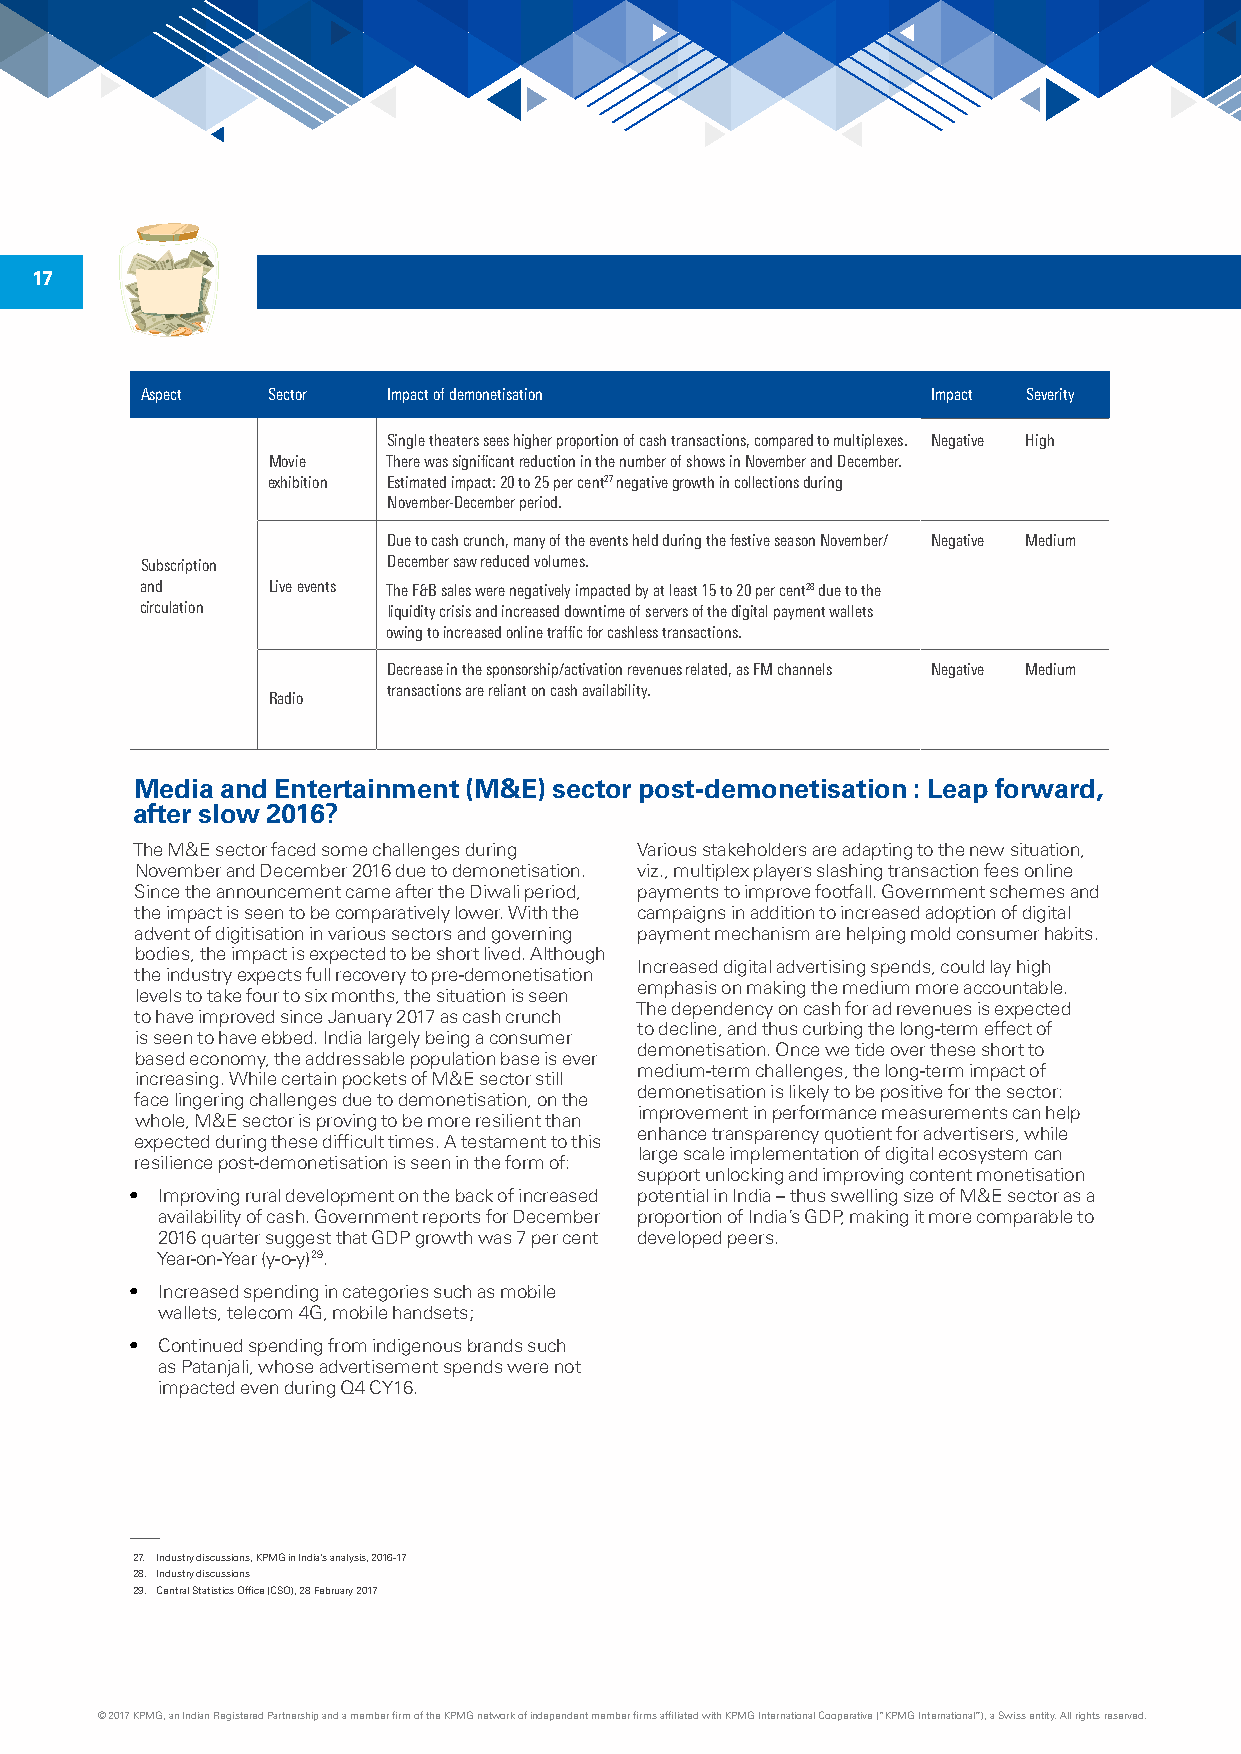
17
 Aspect   Sector  Impact of demonetisation            Impact Severity
 Single theaters sees higher proportion of cash transactions, compared to multiplexes. Negative High
 Movie   There was significant reduction in the number of shows in November and December.
 exhibition Estimated impact: 20 to 25 per cent27 negative growth in collections during
 November-December period.
 Due to cash crunch, many of the events held during the festive season November/ Negative Medium
 Subscription     December saw reduced volumes.
 and      Live events The F&B sales were negatively impacted by at least 15 to 20 per cent28 due to the
 circulation      liquidity crisis and increased downtime of servers of the digital payment wallets
 owing to increased online traffic for cashless transactions.
 Decrease in the sponsorship/activation revenues related, as FM channels Negative Medium
 transactions are reliant on cash availability.
 Radio
 Media and Entertainment (M&E) sector post-demonetisation : Leap forward,
 after slow 2016?
 The M&E sector faced some challenges during Various stakeholders are adapting to the new situation,
 November and December 2016 due to demonetisation. viz., multiplex players slashing transaction fees online
 Since the announcement came after the Diwali period, payments to improve footfall. Government schemes and
 the impact is seen to be comparatively lower. With the campaigns in addition to increased adoption of digital
 advent of digitisation in various sectors and governing payment mechanism are helping mold consumer habits.
 bodies, the impact is expected to be short lived. Although
 Increased digital advertising spends, could lay high
 the industry expects full recovery to pre-demonetisation
 emphasis on making the medium more accountable.
 levels to take four to six months, the situation is seen
 The dependency on cash for ad revenues is expected
 to have improved since January 2017 as cash crunch
 to decline, and thus curbing the long-term effect of
 is seen to have ebbed. India largely being a consumer
 demonetisation. Once we tide over these short to
 based economy, the addressable population base is ever
 medium-term challenges, the long-term impact of
 increasing. While certain pockets of M&E sector still
 demonetisation is likely to be positive for the sector:
 face lingering challenges due to demonetisation, on the
 improvement in performance measurements can help
 whole, M&E sector is proving to be more resilient than
 enhance transparency quotient for advertisers, while
 expected during these difficult times. A testament to this
 large scale implementation of digital ecosystem can
 resilience post-demonetisation is seen in the form of:
 support unlocking and improving content monetisation
 • Improving rural development on the back of increased potential in India – thus swelling size of M&E sector as a
 availability of cash. Government reports for December proportion of India’s GDP, making it more comparable to
 2016 quarter suggest that GDP growth was 7 per cent developed peers.
 Year-on-Year (y-o-y)29.
 • Increased spending in categories such as mobile
 wallets, telecom 4G, mobile handsets;
 • Continued spending from indigenous brands such
 as Patanjali, whose advertisement spends were not
 impacted even during Q4 CY16.
 27. Industry discussions, KPMG in India’s analysis, 2016-17
 28. Industry discussions
 29. Central Statistics Office (CSO), 28 February 2017
 © 2017 KPMG, an Indian Registered Partnership and a member firm of the KPMG network of independent member firms affiliated with KPMG International Cooperative (“KPMG International”), a Swiss entity. All rights reserved.